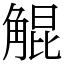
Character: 䚠